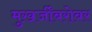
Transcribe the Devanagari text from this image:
मुख़र्जींबरोबर